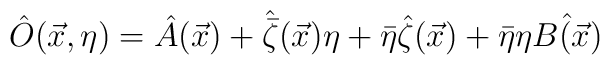
\hat{O}(\vec{x},\eta)=\hat{A}(\vec{x})+\hat{\bar{\zeta}}(\vec{x})\eta+\bar{\eta}\hat{\zeta}(\vec{x})+\bar{\eta}\eta\hat{B(\vec{x})}